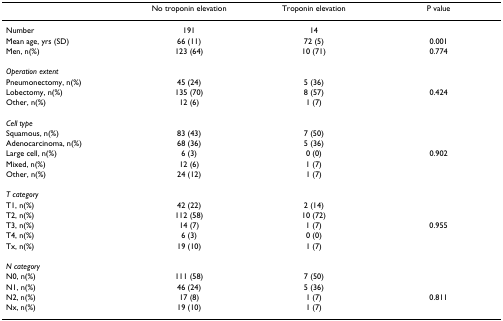
|  | No troponin elevation | Troponin elevation | P value |
 | --- | --- | --- | --- |
 | Number | 191 | 14 |  |
 | Mean age, yrs (SD) | 66 (11) | 72 (5) | 0.001 |
 | Men, n(%) | 123 (64) | 10 (71) | 0.774 |
 | Operation extent |  |  |  |
 | Pneumonectomy, n(%) | 45 (24) | 5 (36) |  |
 | Lobectomy, n(%) | 135 (70) | 8 (57) | 0.424 |
 | Other, n(%) | 12 (6) | 1 (7) |  |
 | Cell type |  |  |  |
 | Squamous, n(%) | 83 (43) | 7 (50) |  |
 | Adenocarcinoma, n(%) | 68 (36) | 5 (36) |  |
 | Large cell, n(%) | 6 (3) | 0 (0) | 0.902 |
 | Mixed, n(%) | 12 (6) | 1 (7) |  |
 | Other, n(%) | 24 (12) | 1 (7) |  |
 | T category |  |  |  |
 | T1, n(%) | 42 (22) | 2 (14) |  |
 | T2, n(%) | 112 (58) | 10 (72) |  |
 | T3, n(%) | 14 (7) | 1 (7) | 0.955 |
 | T4, n(%) | 6 (3) | 0 (0) |  |
 | Tx, n(%) | 19 (10) | 1 (7) |  |
 | N category |  |  |  |
 | N0, n(%) | 111 (58) | 7 (50) |  |
 | N1, n(%) | 46 (24) | 5 (36) |  |
 | N2, n(%) | 17 (8) | 1 (7) | 0.811 |
 | Nx, n(%) | 19 (10) | 1 (7) |  |